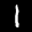
Label: 1